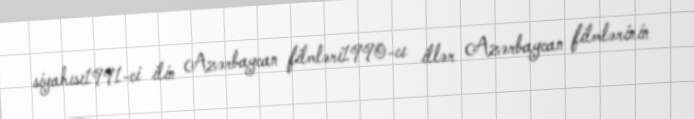
siyahısı1991-ci ilin Azərbaycan filmləri1990-cı illər Azərbaycan filmlərinin